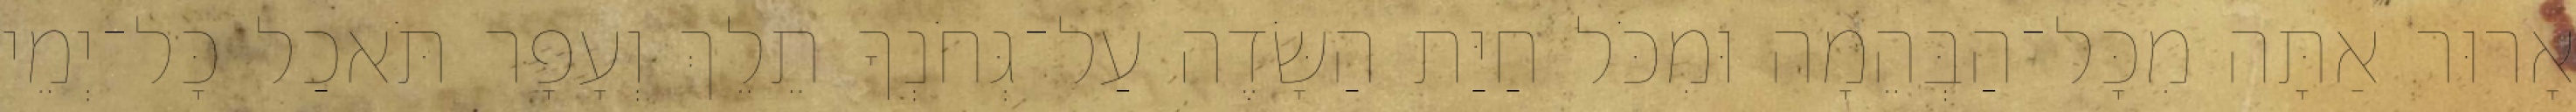
אָרוּר אַתָּה מִכָּל־הַבְּהֵמָה וּמִכֹּל חַיַּת הַשָּׂדֶה עַל־גְּחֹנְךָ תֵלֵךְ וְעָפָר תֹּאכַל כָּל־יְמֵי